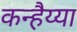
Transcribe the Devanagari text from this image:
कन्हैय्या